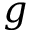
g